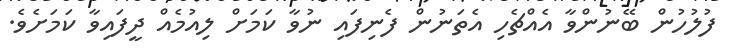
ފުލުހުން ބޭނުންވާ އެއްޗެހި އެތަނުން ފެނިފައި ނުވާ ކަމަށް ލިއުމެއް ދީފައިވާ ކަމަށެވެ.